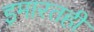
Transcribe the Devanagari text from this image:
इमारतही